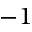
- 1